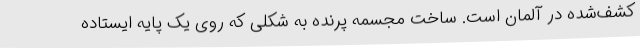
کشف‌شده در آلمان است. ساخت مجسمه پرنده به شکلی که روی یک پایه ایستاده